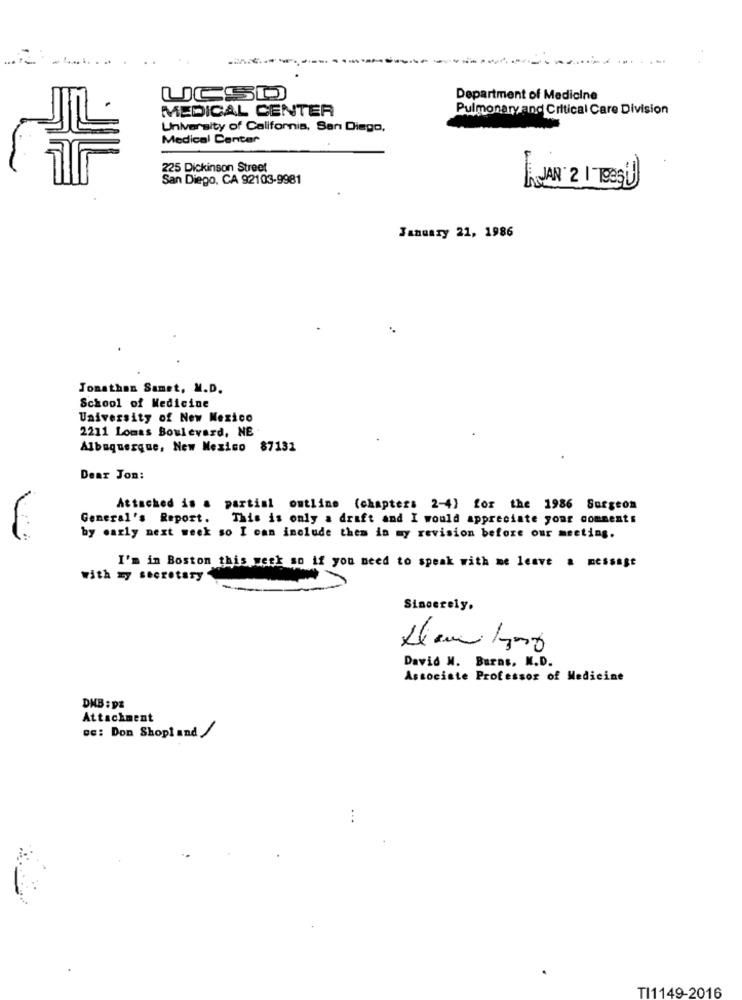
UCSD
Department of Medicine
MEDICAL CENTER
Pulmonary and Critical Care Division
University of California, San Diego,
Medical Center
225 Dickinson Street
San Diego, CA 92103-9981
LAJAN 2 1 TESÚ
January 21, 1986
Jonathan Samet, M.D.
School of Medicine
University of New Mexico
2211 Lomas Boulevard, NE
Albuquerque, New Mexico 87131
Dear Jon:
Attached is a partial outline (chapters 2-4) for the 1986 Surgeon
General's Report. This is only a draft and I would appreciate your comments
by early next week so I can include them in my revision before our meeting.
I'm in Boston this week so if you need to speak with me leave a message
with my secretary
Sincerely,
Denlyng
David M. Burns. N.D.
Associate Professor of Medicine
DNB : p&
Attachment
we: Don Shopland
TI1149-2016